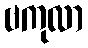
ဗကုလာ